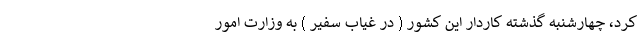
کرد، چهارشنبه گذشته کاردار این کشور ( در غیاب سفیر ) به وزارت امور